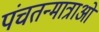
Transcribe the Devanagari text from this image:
पंचतन्मात्राओं